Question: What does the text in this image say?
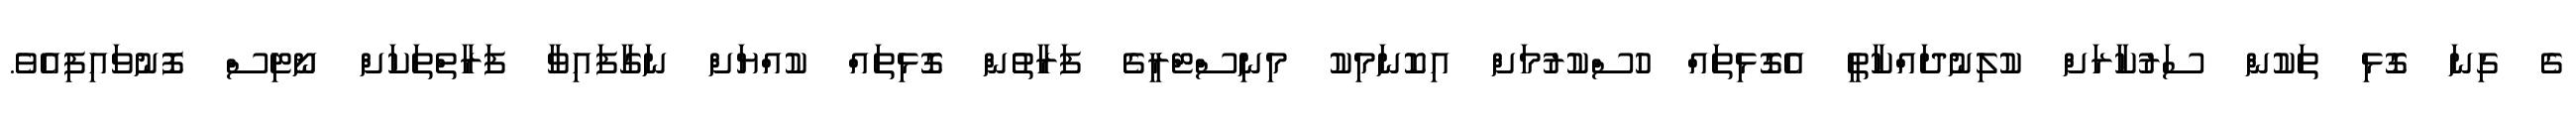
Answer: ގެ ގިނަ ގޮޅި ތަކުން ސަރުކާރަށް ކުލިނުދައްކާތީ އެގޮޅިތައް ހުސްކުރުމަށް އިކޮނަމިކު މިނިސްޓްރީގެ ފަރާތުން ގޮޅިތައް ކުއްޔަށް ނަގާފައިވާ ފަރާތްތަކަށް ނޯޓިސް ފޮނުވައިފިއެވެ.